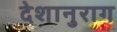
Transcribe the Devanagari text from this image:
देशानुराग